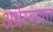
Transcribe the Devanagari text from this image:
अर्धस्वायत्त